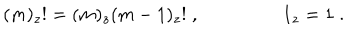
( m ) _ { z } ! = ( m ) _ { z } ( m - 1 ) _ { z } ! \; , \; 1 _ { z } = 1 \; . \; \;